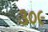
૩૦૯